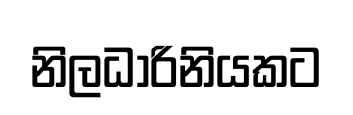
නිලධාරිනියකට